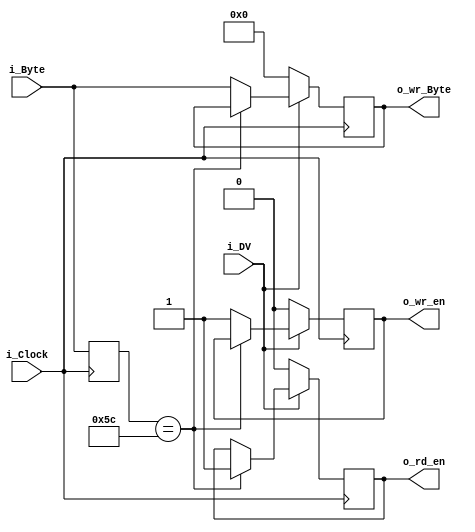
module control_logic(
    input i_Clock,
    input [7:0] i_Byte,
    input i_DV,
    output o_wr_en,
    output o_rd_en,
    output [7:0] o_wr_Byte
    );
    
    reg [7:0] r_i_Byte;
    reg r_wr_en;
    reg r_rd_en;
    reg [7:0] r_wr_Byte;
    
    always @(posedge i_Clock)
    begin
        r_i_Byte[7:0] <= i_Byte[7:0];
        if(!i_DV)
        begin
            r_wr_en = 0;
            r_rd_en = 0;
            r_wr_Byte = 0;
        end
        else begin
            if (r_i_Byte[7:0] == 8'h5C)
            begin
                r_rd_en <= 1;
            end
            else begin
                r_wr_en = 1;
                r_wr_Byte <= i_Byte;
            end
        end
     end
    
    assign o_wr_en = r_wr_en;
    assign o_rd_en = r_rd_en;
    assign o_wr_Byte = r_wr_Byte;
endmodule